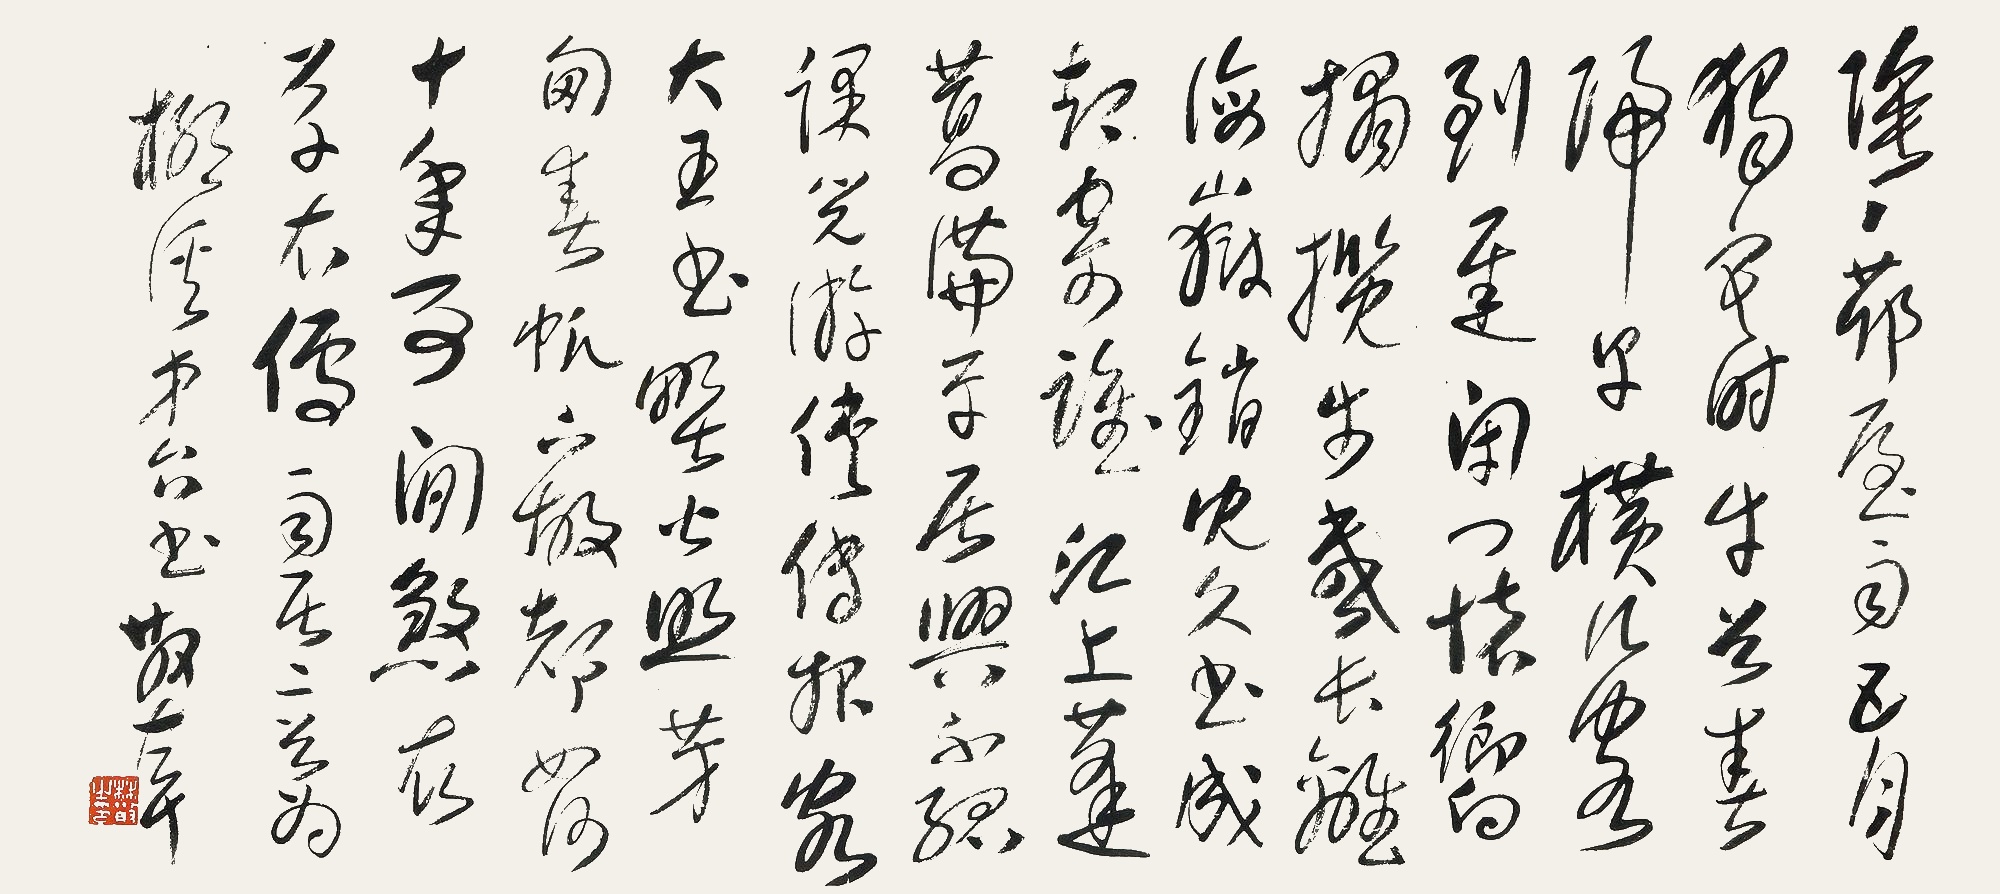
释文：阴阴茆屋雨，五月独寒时。牛首春归早，横江客到迟。闭门怀响榻，揽步感长离。海岳销沉久，书成却寄谁。
江上蓬蒿满，平居兴不孤。课儿游侠传，报客大王书。野火照芳甸，春帆下故都。如何十年事，闲煞草衣儒。雨居二首，为柳溪弟台书，散左耳。